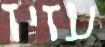
עזיז